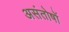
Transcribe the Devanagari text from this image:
असंतोषों